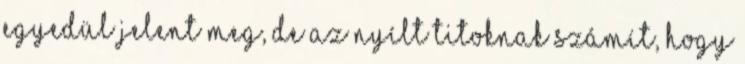
egyedül jelent meg, de az nyílt titoknak számít, hogy